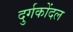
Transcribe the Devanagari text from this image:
दुर्गकोंदल